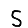
Digit: 5